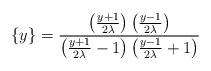
LaTeX: \begin{align*}\{y\}=\frac{\left( \frac{y+1}{2\lambda }\right) \left( \frac{y-1}{2\lambda }\right) }{\left( \frac{y+1}{2\lambda }-1\right) \left( \frac{y-1}{2\lambda }+1\right) }\end{align*}